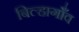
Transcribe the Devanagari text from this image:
बिल्हागाँव